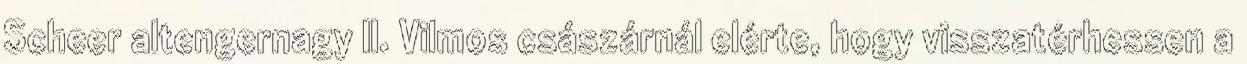
Scheer altengernagy II. Vilmos császárnál elérte, hogy visszatérhessen a